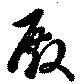
殿